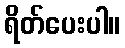
ရိတ်ပေးပါ။